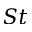
S t